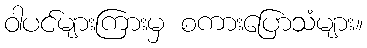
ဝါပင်များကြားမှ စကားပြောသံများ။